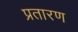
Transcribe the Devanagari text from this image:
प्रतारण